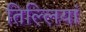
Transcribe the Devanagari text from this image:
तिल्लियां